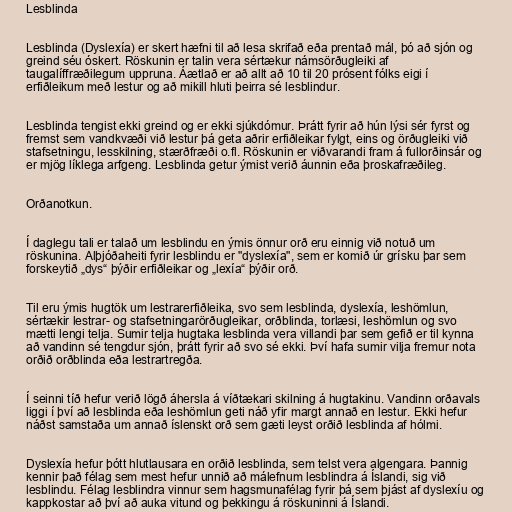
Lesblinda

Lesblinda (Dyslexía) er skert hæfni til að lesa skrifað eða prentað mál, þó að sjón og
greind séu óskert. Röskunin er talin vera sértækur námsörðugleiki af
taugalíffræðilegum uppruna. Áætlað er að allt að 10 til 20 prósent fólks eigi í
erfiðleikum með lestur og að mikill hluti þeirra sé lesblindur.

Lesblinda tengist ekki greind og er ekki sjúkdómur. Þrátt fyrir að hún lýsi sér fyrst og
fremst sem vandkvæði við lestur þá geta aðrir erfiðleikar fylgt, eins og örðugleiki við
stafsetningu, lesskilning, stærðfræði o.fl. Röskunin er viðvarandi fram á fullorðinsár og
er mjög líklega arfgeng. Lesblinda getur ýmist verið áunnin eða þroskafræðileg.

Orðanotkun.

Í daglegu tali er talað um lesblindu en ýmis önnur orð eru einnig við notuð um
röskunina. Alþjóðaheiti fyrir lesblindu er "dyslexía", sem er komið úr grísku þar sem
forskeytið „dys“ þýðir erfiðleikar og „lexía“ þýðir orð.

Til eru ýmis hugtök um lestrarerfiðleika, svo sem lesblinda, dyslexía, leshömlun,
sértækir lestrar- og stafsetningarörðugleikar, orðblinda, torlæsi, leshömlun og svo
mætti lengi telja. Sumir telja hugtaka lesblinda vera villandi þar sem gefið er til kynna
að vandinn sé tengdur sjón, þrátt fyrir að svo sé ekki. Því hafa sumir vilja fremur nota
orðið orðblinda eða lestrartregða.

Í seinni tíð hefur verið lögð áhersla á víðtækari skilning á hugtakinu. Vandinn orðavals
liggi í því að lesblinda eða leshömlun geti náð yfir margt annað en lestur. Ekki hefur
náðst samstaða um annað íslenskt orð sem gæti leyst orðið lesblinda af hólmi.

Dyslexía hefur þótt hlutlausara en orðið lesblinda, sem telst vera algengara. Þannig
kennir það félag sem mest hefur unnið að málefnum lesblindra á Íslandi, sig við
lesblindu. Félag lesblindra vinnur sem hagsmunafélag fyrir þá sem þjást af dyslexíu og
kappkostar að því að auka vitund og þekkingu á röskuninni á Íslandi.